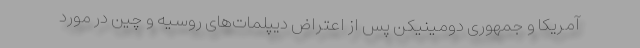
آمریکا و جمهوری دومینیکن پس از اعتراض دیپلمات‌های روسیه و چین در مورد